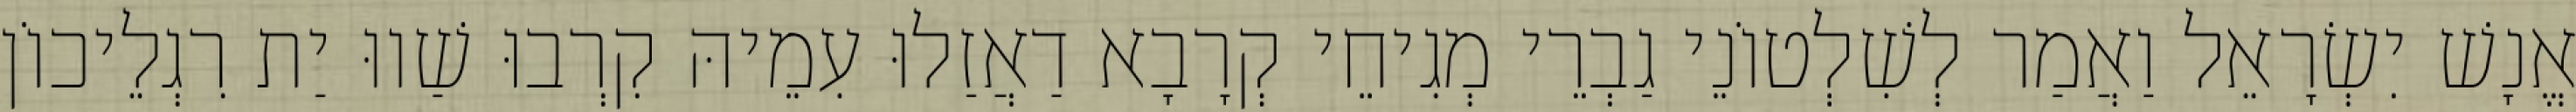
אֱנָשׁ יִשְׂרָאֵל וַאֲמַר לְשִׁלְטוֹנֵי גַבְרֵי מְגִיחֵי קְרָבָא דַאֲזַלוּ עִמֵיהּ קִרְבוּ שַׁווּ יַת רִגְלֵיכוֹן